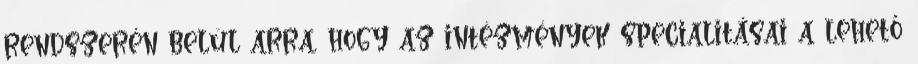
rendszerén belül arra, hogy az intézmények specialitásai a lehető